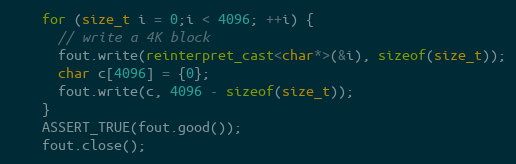
Language: C++
    for (size_t i = 0;i < 4096; ++i) {
      // write a 4K block
      fout.write(reinterpret_cast<char*>(&i), sizeof(size_t));
      char c[4096] = {0};
      fout.write(c, 4096 - sizeof(size_t));
    }
    ASSERT_TRUE(fout.good());
    fout.close();